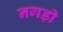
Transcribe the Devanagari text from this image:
नगड़ी